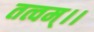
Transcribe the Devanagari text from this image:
तत्वम्।।